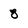
Character: 8